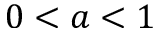
0 < a < 1